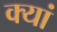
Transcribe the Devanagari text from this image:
क्यां